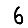
Digit: 6